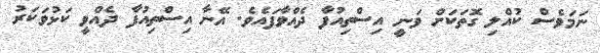
ނަމަވެސް ކުއްލި ގޮތަކަށް ވަނީ އިސްތިއުފާ ދެއްވާފައެވެ. އޭނާ އިސްތިއުފާ ދެއްވީ ކަޅުވަކަރު